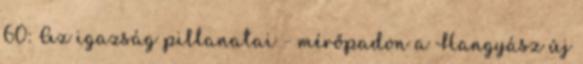
60: Az igazság pillanatai - mérőpadon a Hangyász új